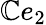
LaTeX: \mathbb{C}e_{2}